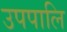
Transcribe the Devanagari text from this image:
उपपालि